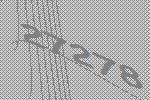
27278